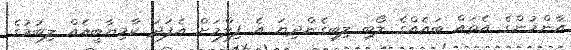
އާންމުންގެ އެތައް ބައެއްގެ ލޯބި ލިބިގެންދިޔަ އެ ފިލްމަށް އެފަދަ ކާމިޔާބީއެއް ލިބުމުގެ